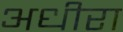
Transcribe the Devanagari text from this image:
अधीरा